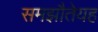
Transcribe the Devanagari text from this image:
समझौतेयह